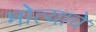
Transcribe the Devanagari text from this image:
मोत्याचे